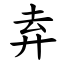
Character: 弆